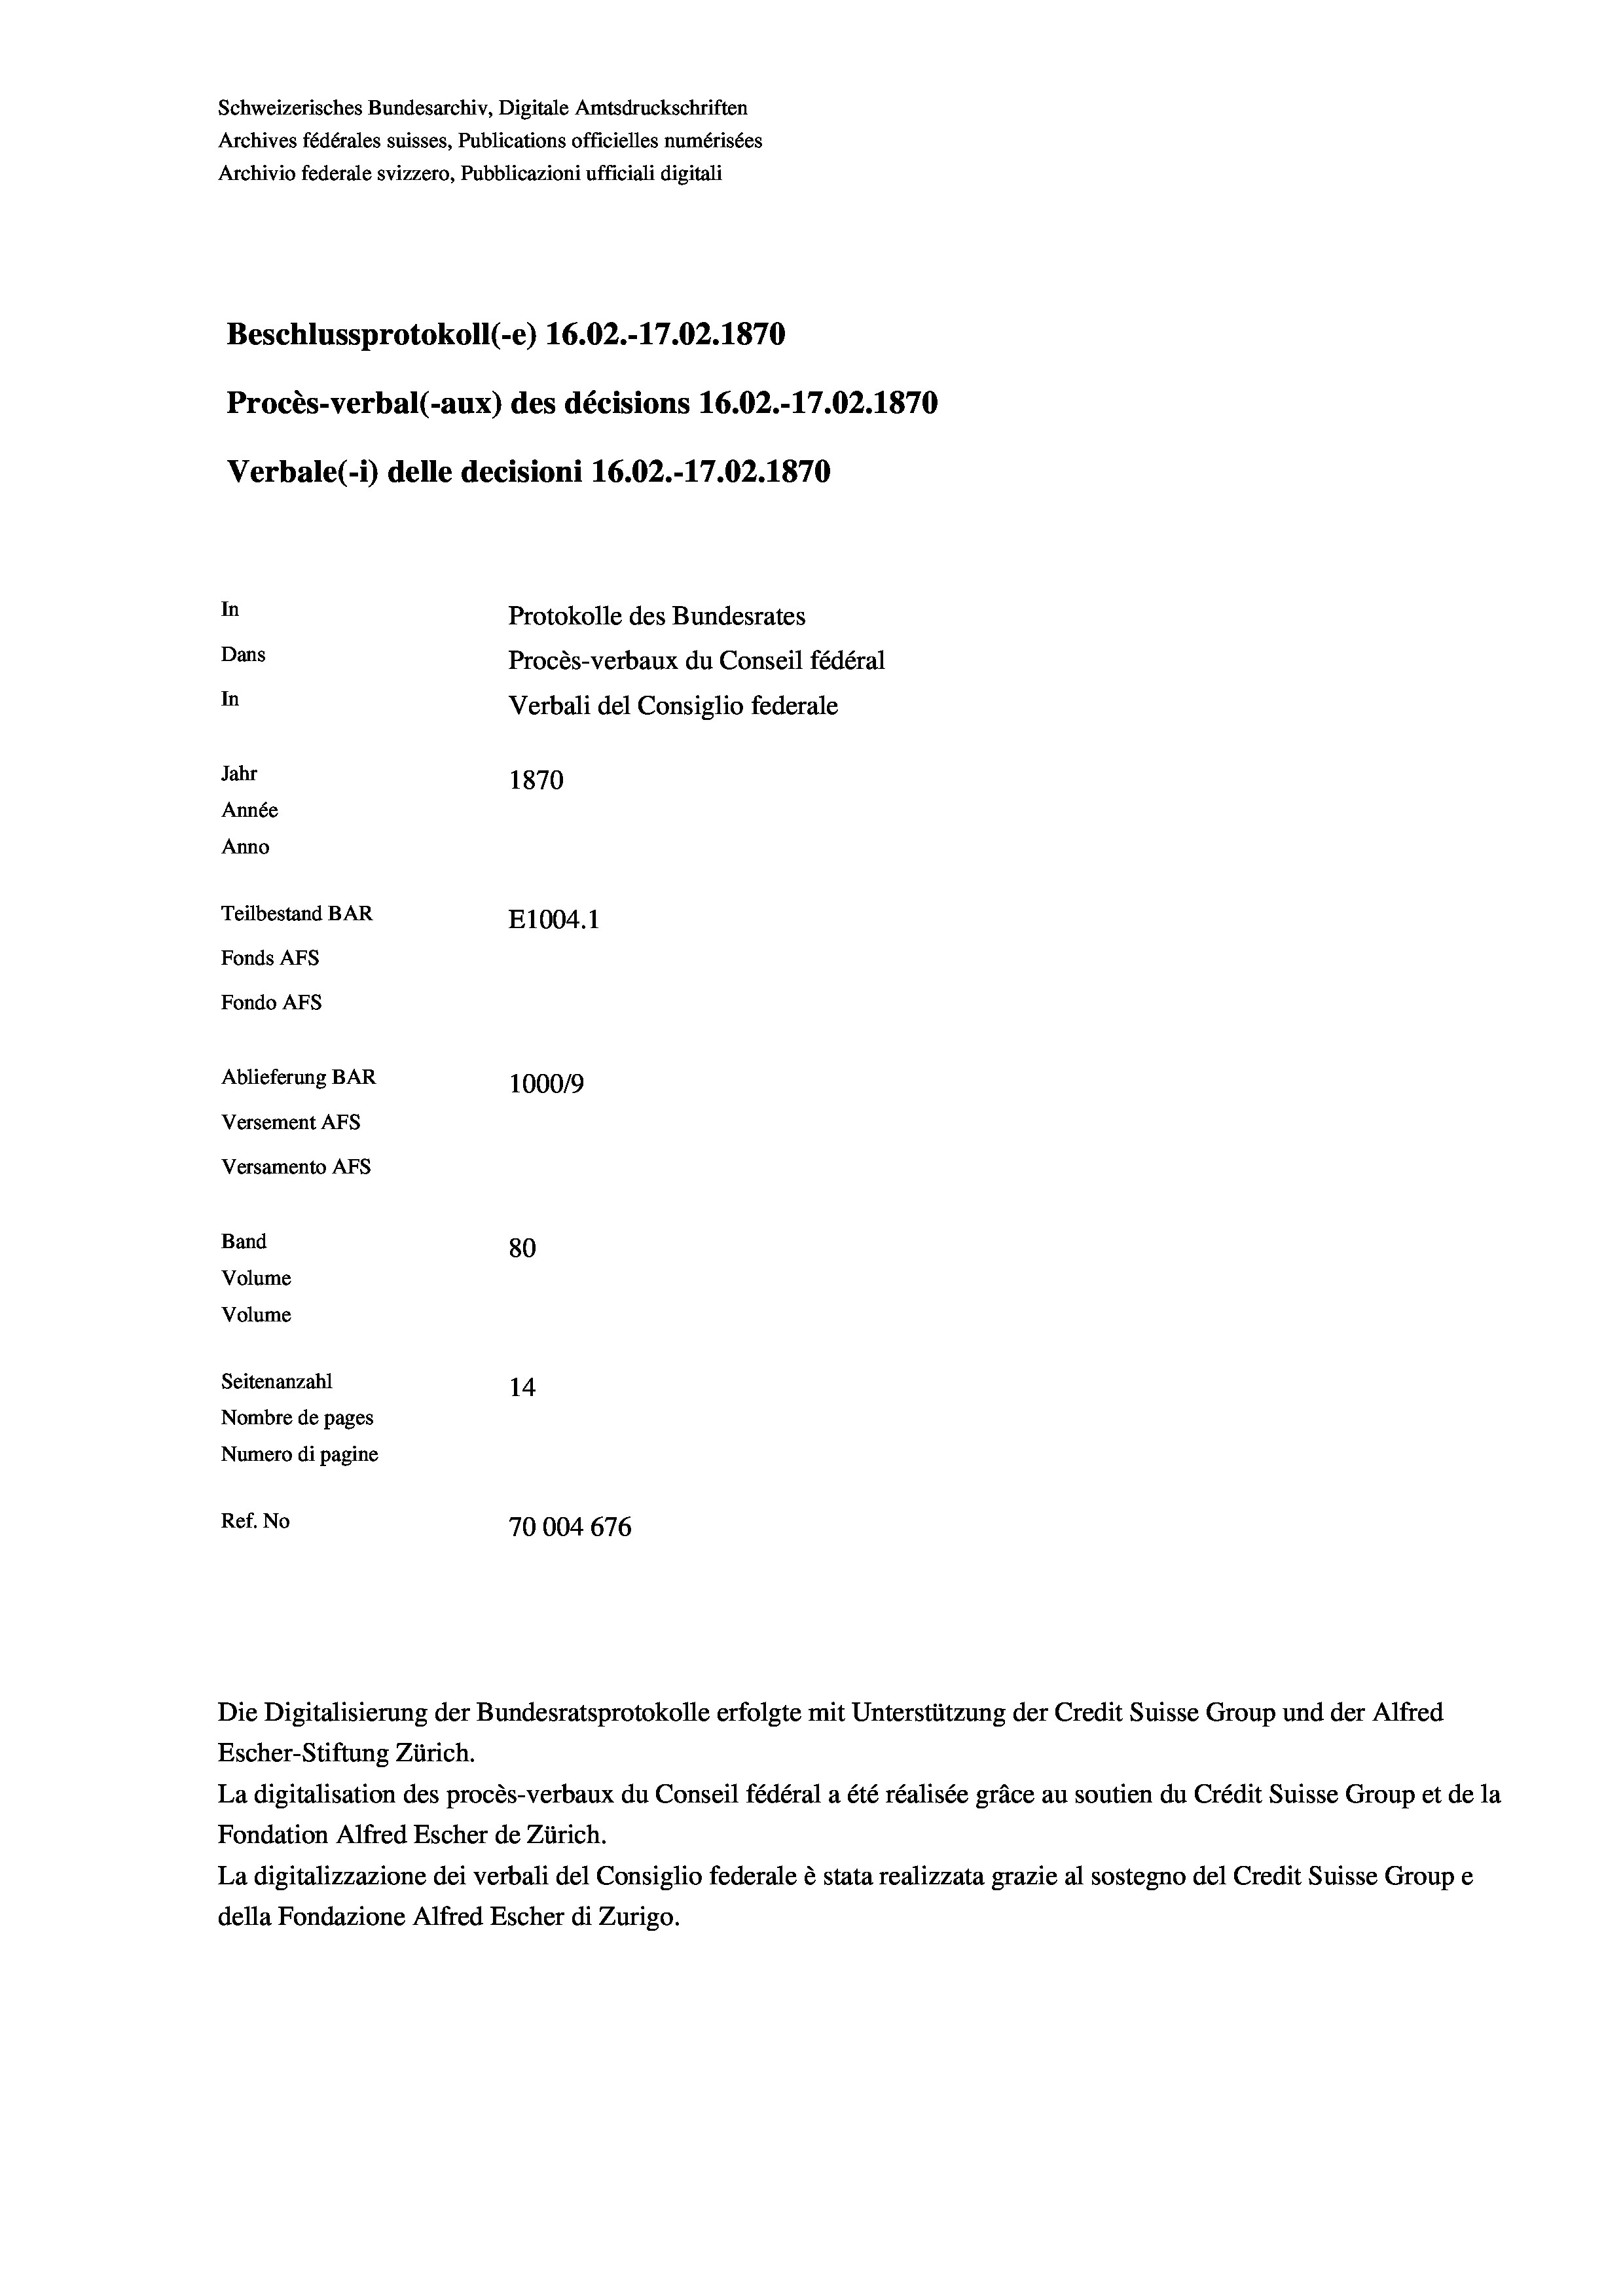
Schweizerisches Bundesarchiv, Digitale Amtsdruckschriften
Archives fédérales suisses, Publications officielles numérisées
Archivio federale svizzero, Pubblicazioni ufficiali digitali
Beschlussprotokoll (-e) 16.02.-17.02. 1870
Procès-verbal (-aux) des décisions 16.02.-17.02. 1870
Verbale (- 1) delle decisioni 16.02.-17.02. 1870
In
Protokolle des Bundesrates
Dans
Procès-verbaux du Conseil fédéral
In
Verbali del Consiglio federale
Jahr
1870
Année
Anno
Teilbestand BAR
E1004. 1
Fonds AFs
Fondo Afs
Ablieferung BAR
100019
Versement Ans
Versamento Afs
Band
80
Volume
Volume

Seitenanzahl
14
Nombre de pages
Numero di pagine
Ref. No
70004 676

Escher-Stiftung Zürich.
La digitalisation des procès-verbaux du Conseil fédéral a été réalisée gräce au soutien du Crédit Suisse Group et de la
Fondation Alfred Escher de Zürich.
La digitalizzazione dei verbali del Consiglio federale è stata realizzata grazie al sostegno del Credit Suisse Groupe
della Fondazione Alfred Escher di Zurigo.

Die Digitalisierung der Bundesratsprotokolle erfolgte mit Unterstützung der Credit Suisse Group und der Alfred